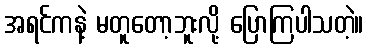
အရင်ကနဲ့ မတူတော့ဘူးလို့ ပြောကြပါသတဲ့။